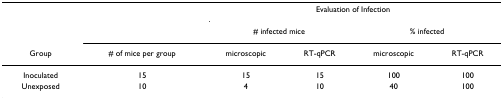
<table><thead><tr><td></td><td></td><td colspan="4"><b>Evaluation of Infection</b></td></tr><tr><td></td><td></td><td colspan="2"><b># infected mice</b></td><td colspan="2"><b>% infected</b></td></tr><tr><td><b>Group</b></td><td><b># of mice per group</b></td><td><b>microscopic</b></td><td><b>RT-qPCR</b></td><td><b>microscopic</b></td><td><b>RT-qPCR</b></td></tr></thead><tbody><tr><td>Inoculated</td><td>15</td><td>15</td><td>15</td><td>100</td><td>100</td></tr><tr><td>Unexposed</td><td>10</td><td>4</td><td>10</td><td>40</td><td>100</td></tr></tbody></table>